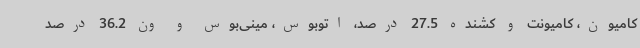
کامیون، کامیونت و کشنده 27.5 درصد، اتوبوس، مینی‌بوس و ون 36.2 درصد